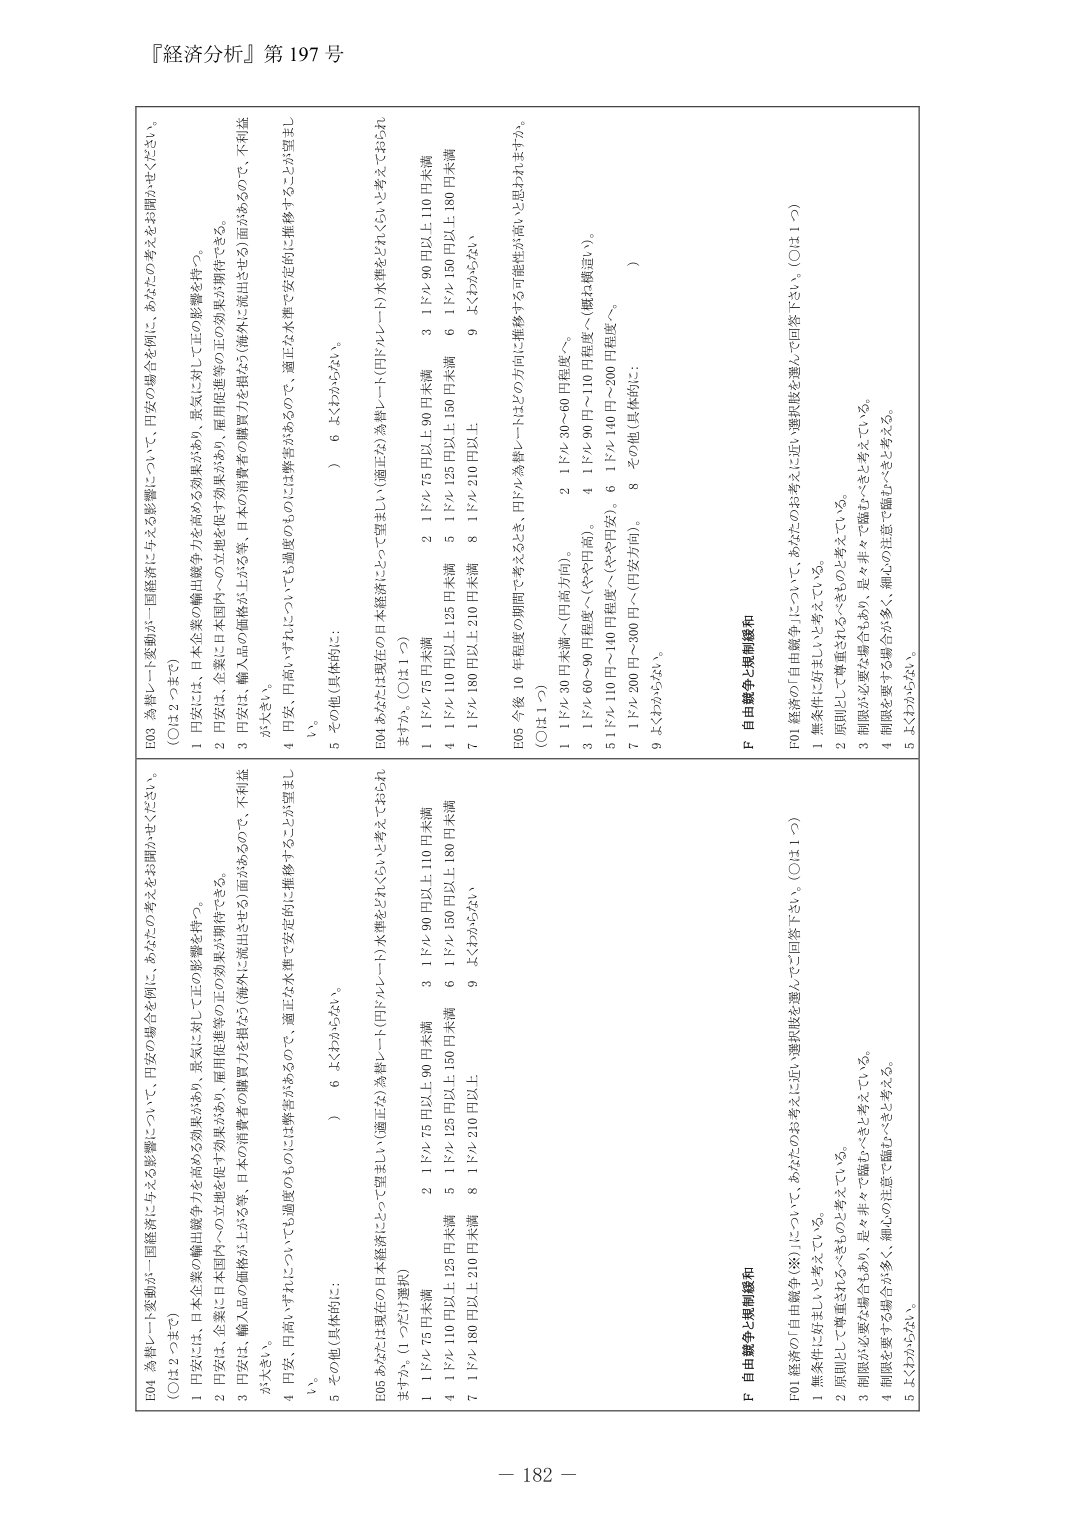
『経済分析』第197号

E03 為替レート変動が一国経済に与える影響について、円安の場合を例に、あなたの考えをお聞かせください。
（○は2つまで）
1 円安には、日本企業の輸出競争力を高める効果があり、景気に対して正の影響を伴う。
2 円安は、企業に日本国内への立地を促す効果があり、雇用促進等の正の効果が期待できる。
3 円安は、輸入品の価格が上がる等、日本の消費者の購買力を損ねる（海外に流出させる）面があるので、不利益が大きい。
4 円安、円高いずれについても過度のものには弊害があるので、適正な水準で安定的に推移することが望ましい。
5 その他（具体的に：　　　　　　　　　　　　　　　　　　　　　　　　　　　　　　　　　　　　　　　　　　　　　）6 よくわからない。

E04 あなたは現在の日本経済にとって望ましい為替レート（円ドルレート）水準をどれくらいと考えておられますか。（○は1つ）
1 ドル75円以上90円未満
2 ドル75円以上90円未満
3 ドル90円以上110円未満
4 ドル110円以上125円未満
5 ドル125円以上150円未満
6 ドル150円以上180円未満
7 ドル180円以上210円未満
8 ドル210円以上
9 よくわからない。

E05 今後10年程度の期間で考えるととき、円ドル為替レートはどの方向に推移する可能性が高いと思われますか。
（○は1つ）
1 ドル30～60円程度へ（円高方向）。
2 ドル30～60円程度へ。
3 ドル60～90円程度へ（やや円高）。
4 ドル90円～110円程度へ（概ね横這い）。
5 ドル110円～140円程度へ（やや円安）。
6 ドル140円～200円程度へ。
7 ドル200円～300円へ（円安方向）。
8 その他（具体的に：　　　　　　　　　　　　　　　　　　　　　　　　　　　　　　　　　　　　　　　　　　　　　）
9 よくわからない。

F 自由競争・規制緩和

F01 経済の「自由競争（※）」について、あなたの考えに近い選択肢を選んで回答下さい。（○は1つ）
1 無条件に好ましいと考えている。
2 原則として尊重されるべきものと考えている。
3 制限が必要な場合があり、是々非々で臨むべきと考えている。
4 制限を要する場合が多く、細心の注意で臨むべきと考える。
5 よくわからない。

E04 為替レート変動が一国経済に与える影響について、円安の場合を例に、あなたの考えをお聞かせください。
（○は2つまで）
1 円安には、日本企業の輸出競争力を高める効果があり、景気に対して正の影響を伴う。
2 円安は、企業に日本国内への立地を促す効果があり、雇用促進等の正の効果が期待できる。
3 円安は、輸入品の価格が上がる等、日本の消費者の購買力を損ねる（海外に流出させる）面があるので、不利益が大きい。
4 円安、円高いずれについても過度のものには弊害があるので、適正な水準で安定的に推移することが望ましい。
5 その他（具体的に：　　　　　　　　　　　　　　　　　　　　　　　　　　　　　　　　　　　　　　　　　　　　　）6 よくわからない。

E05 あなたは現在の日本経済にとって望ましい為替レート（円ドルレート）水準をどれくらいと考えておられますか。（1つだけ選択）
1 ドル75円未満
2 ドル75円以上90円未満
3 ドル90円以上110円未満
4 ドル110円以上125円未満
5 ドル125円以上150円未満
6 ドル150円以上180円未満
7 ドル180円以上210円未満
8 ドル210円以上
9 よくわからない。

E05 今後10年程度の期間で考えるととき、円ドル為替レートはどの方向に推移する可能性が高いと思われますか。
（○は1つ）
1 ドル30～60円程度へ（円高方向）。
2 ドル30～60円程度へ。
3 ドル60～90円程度へ（やや円高）。
4 ドル90円～110円程度へ（概ね横這い）。
5 ドル110円～140円程度へ（やや円安）。
6 ドル140円～200円程度へ。
7 ドル200円～300円へ（円安方向）。
8 その他（具体的に：　　　　　　　　　　　　　　　　　　　　　　　　　　　　　　　　　　　　　　　　　　　　　）
9 よくわからない。

F 自由競争・規制緩和

F01 経済の「自由競争（※）」について、あなたの考えに近い選択肢を選んで回答下さい。（○は1つ）
1 無条件に好ましいと考えている。
2 原則として尊重されるべきものと考えている。
3 制限が必要な場合があり、是々非々で臨むべきと考えている。
4 制限を要する場合が多く、細心の注意で臨むべきと考える。
5 よくわからない。

－182－